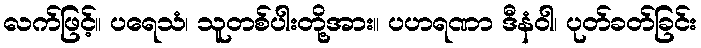
လက်ဖြင့်။ ပရေသံ၊ သူတစ်ပါးတို့အား။ ပဟရဏာ ဒီနံဝါ၊ ပုတ်ခတ်ခြင်း